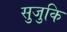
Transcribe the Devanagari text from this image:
सुजुकि